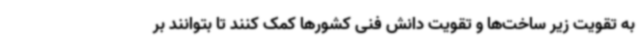
به تقویت زیر ساخت‌ها و تقویت دانش فنی کشورها کمک کنند تا بتوانند بر